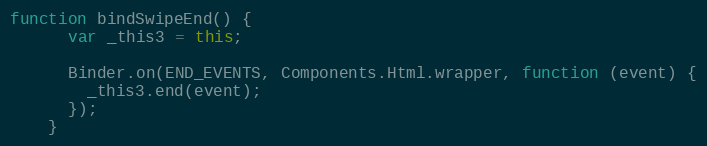
Language: JavaScript
function bindSwipeEnd() {
      var _this3 = this;

      Binder.on(END_EVENTS, Components.Html.wrapper, function (event) {
        _this3.end(event);
      });
    }